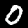
Digit: 0